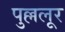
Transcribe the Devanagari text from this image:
पुल्ललूर